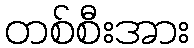
တစ်စီးအား